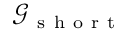
\mathcal { G } _ { \mathrm { ~ s ~ h ~ o ~ r ~ t ~ } }